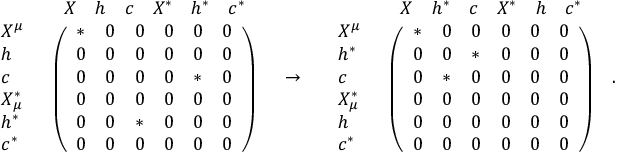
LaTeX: \begin{array} { l c r } { { \begin{array} { l c } { { } } & { { \begin{array} { c c c c c c } { { X } } & { { h } } & { { c } } & { { X ^ { * } } } & { { h ^ { * } } } & { { c ^ { * } } } \end{array} } } \\ { { \begin{array} { l } { { X ^ { \mu } } } \\ { { h } } \\ { { c } } \\ { { X _ { \mu } ^ { * } } } \\ { { h ^ { * } } } \\ { { c ^ { * } } } \end{array} } } & { { \left( \begin{array} { l l l l l l } { { * } } & { { 0 } } & { { 0 } } & { { 0 } } & { { 0 } } & { { 0 } } \\ { { 0 } } & { { 0 } } & { { 0 } } & { { 0 } } & { { 0 } } & { { 0 } } \\ { { 0 } } & { { 0 } } & { { 0 } } & { { 0 } } & { { * } } & { { 0 } } \\ { { 0 } } & { { 0 } } & { { 0 } } & { { 0 } } & { { 0 } } & { { 0 } } \\ { { 0 } } & { { 0 } } & { { * } } & { { 0 } } & { { 0 } } & { { 0 } } \\ { { 0 } } & { { 0 } } & { { 0 } } & { { 0 } } & { { 0 } } & { { 0 } } \end{array} \right) } } \end{array} } } & { { \rightarrow } } & { { \begin{array} { l c } { { } } & { { \begin{array} { c c c c c c } { { X } } & { { h ^ { * } } } & { { c } } & { { X ^ { * } } } & { { h } } & { { c ^ { * } } } \end{array} } } \\ { { \begin{array} { l } { { X ^ { \mu } } } \\ { { h ^ { * } } } \\ { { c } } \\ { { X _ { \mu } ^ { * } } } \\ { { h } } \\ { { c ^ { * } } } \end{array} } } & { { \left( \begin{array} { l l l l l l } { { * } } & { { 0 } } & { { 0 } } & { { 0 } } & { { 0 } } & { { 0 } } \\ { { 0 } } & { { 0 } } & { { * } } & { { 0 } } & { { 0 } } & { { 0 } } \\ { { 0 } } & { { * } } & { { 0 } } & { { 0 } } & { { 0 } } & { { 0 } } \\ { { 0 } } & { { 0 } } & { { 0 } } & { { 0 } } & { { 0 } } & { { 0 } } \\ { { 0 } } & { { 0 } } & { { 0 } } & { { 0 } } & { { 0 } } & { { 0 } } \\ { { 0 } } & { { 0 } } & { { 0 } } & { { 0 } } & { { 0 } } & { { 0 } } \end{array} \right) } } \end{array} } } \end{array} .